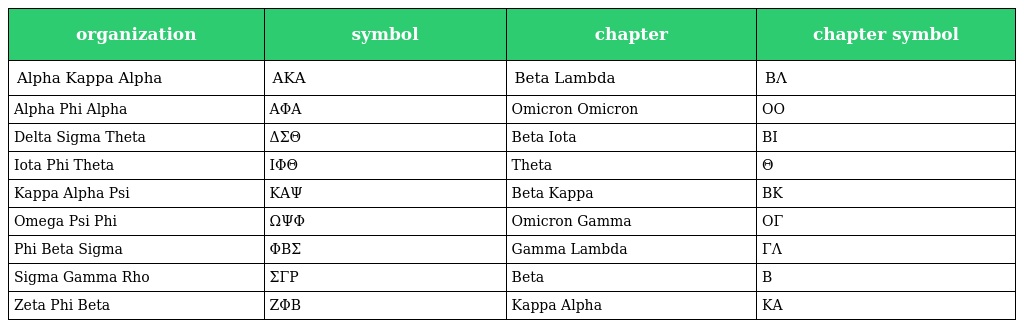
| organization | symbol | chapter | chapter symbol |
 | --- | --- | --- | --- |
 | Alpha Kappa Alpha | ΑΚΑ | Beta Lambda | BΛ |
 | Alpha Phi Alpha | ΑΦΑ | Omicron Omicron | OO |
 | Delta Sigma Theta | ΔΣΘ | Beta Iota | BI |
 | Iota Phi Theta | ΙΦΘ | Theta | Θ |
 | Kappa Alpha Psi | ΚΑΨ | Beta Kappa | BK |
 | Omega Psi Phi | ΩΨΦ | Omicron Gamma | OΓ |
 | Phi Beta Sigma | ΦΒΣ | Gamma Lambda | ΓΛ |
 | Sigma Gamma Rho | ΣΓΡ | Beta | B |
 | Zeta Phi Beta | ΖΦΒ | Kappa Alpha | KA |